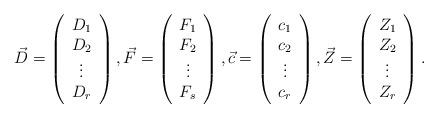
LaTeX: \begin{align*}\vec{D}=\left( \begin{array}{c}D_{1}\\D_{2}\\\vdots \\D_{r}\end{array}\right), \vec{F}=\left( \begin{array}{c}F_{1}\\F_{2}\\\vdots \\F_{s}\end{array}\right),\vec{c}=\left( \begin{array}{c}c_{1}\\c_{2}\\\vdots \\c_{r}\end{array}\right),\vec{Z}=\left( \begin{array}{c}Z_{1}\\Z_{2}\\\vdots \\Z_{r}\end{array}\right).\end{align*}